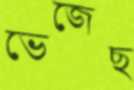
ভেজেছ